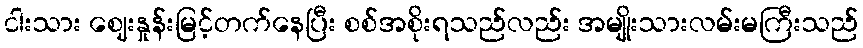
ငါးသား ဈေးနှုန်းမြင့်တက်နေပြီး စစ်အစိုးရသည်လည်း အမျိုးသားလမ်းမကြီးသည်